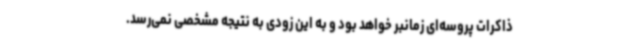
ذاکرات پروسه‌ای زمانبر خواهد بود و به این زودی به نتیجه مشخصی نمی‌رسد.